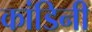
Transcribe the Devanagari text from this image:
कांडिनी